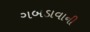
ગબડાવાની